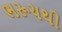
ભરૂચથી